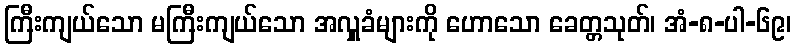
ကြီးကျယ်သော မကြီးကျယ်သော အလှူခံများကို ဟောသော ခေတ္တသုတ်၊ အံ-၈-ပါ-၆၉၊